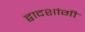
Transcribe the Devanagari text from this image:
द्वादशांगी